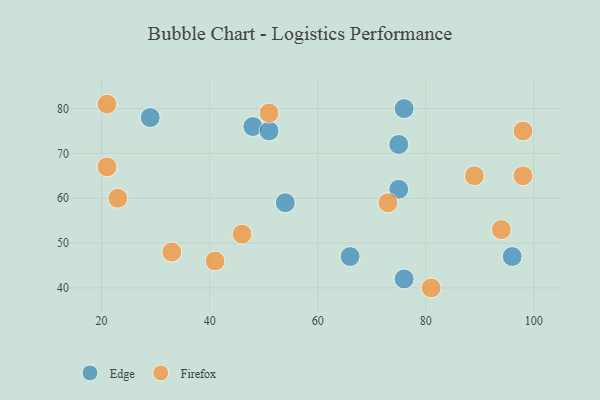
{"axis": {"x": "GDP", "y": "Life Expectancy"}, "legend": ["Edge", "Firefox"], "data": [{"x": "75", "y": 72, "type": "Edge"}, {"x": "75", "y": 62, "type": "Edge"}, {"x": "29", "y": 78, "type": "Edge"}, {"x": "66", "y": 47, "type": "Edge"}, {"x": "48", "y": 76, "type": "Edge"}, {"x": "51", "y": 75, "type": "Edge"}, {"x": "54", "y": 59, "type": "Edge"}, {"x": "76", "y": 80, "type": "Edge"}, {"x": "76", "y": 42, "type": "Edge"}, {"x": "96", "y": 47, "type": "Edge"}, {"x": "98", "y": 65, "type": "Firefox"}, {"x": "33", "y": 48, "type": "Firefox"}, {"x": "94", "y": 53, "type": "Firefox"}, {"x": "21", "y": 81, "type": "Firefox"}, {"x": "73", "y": 59, "type": "Firefox"}, {"x": "81", "y": 40, "type": "Firefox"}, {"x": "51", "y": 79, "type": "Firefox"}, {"x": "41", "y": 46, "type": "Firefox"}, {"x": "23", "y": 60, "type": "Firefox"}, {"x": "98", "y": 75, "type": "Firefox"}, {"x": "89", "y": 65, "type": "Firefox"}, {"x": "46", "y": 52, "type": "Firefox"}, {"x": "21", "y": 67, "type": "Firefox"}]}